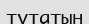
түтатын